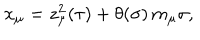
LaTeX: x _ { \mu } = z _ { \mu } ^ { 2 } ( \tau ) + \theta ( \sigma ) \, m _ { \mu } \sigma ,